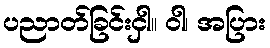
ပညာတ်ခြင်းငှါ။ ဝါ၊ အပြား